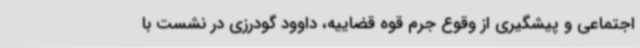
اجتماعی و پیشگیری از وقوع جرم قوه قضاییه، داوود گودرزی در نشست با